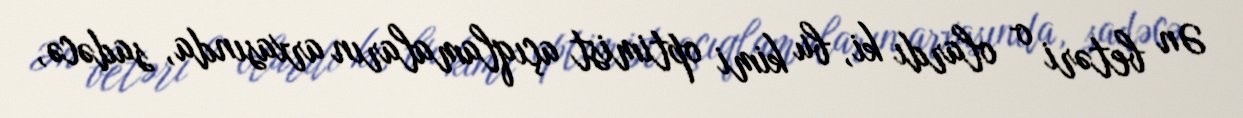
Ən betəri o olardı ki, bu kimi optimist açıqlamaların arxasında, sadəcə,